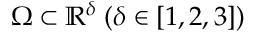
\Omega \subset \mathbb { R } ^ { \delta } \; ( \delta \in [ 1 , 2 , 3 ] )